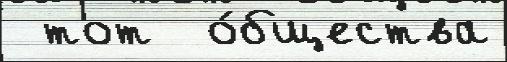
 тот  о́бщества